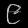
Digit: ၉